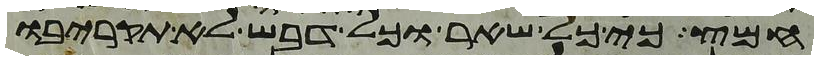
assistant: חמץ כי כל שאר וכל דבש לא תקריבו